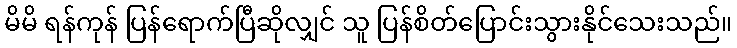
မိမိ ရန်ကုန် ပြန်ရောက်ပြီဆိုလျှင် သူ ပြန်စိတ်ပြောင်းသွားနိုင်သေးသည်။